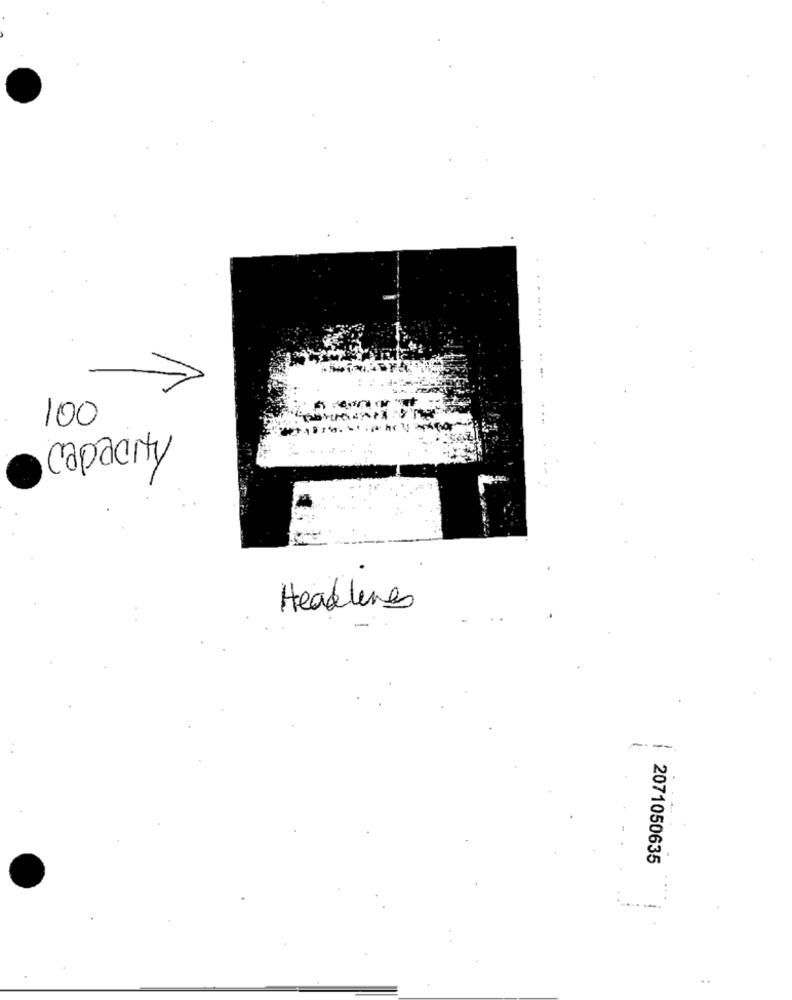
100
capacity
Headline
----
2071050635
..